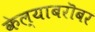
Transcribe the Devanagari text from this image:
केल्याबरॊबर